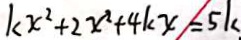
k x ^ { 2 } + 2 x ^ { 2 } + 4 k x = 5 k